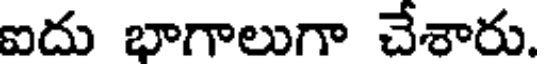
ఐదు భాగాలుగా చేశారు.